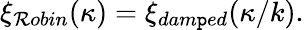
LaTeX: \xi_{\mathcal{R}obin}(\kappa)=\xi_{dam\mathtt{p}ed}(\kappa/k).